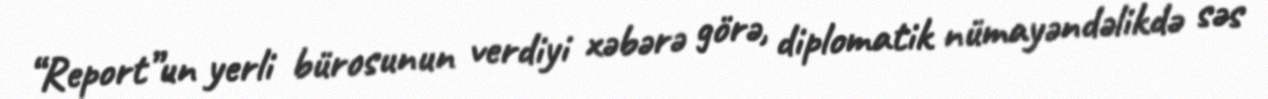
“Report”un yerli bürosunun verdiyi xəbərə görə, diplomatik nümayəndəlikdə səs